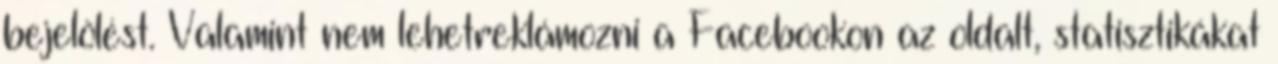
bejelölést. Valamint nem lehetreklámozni a Facebookon az oldalt, statisztikákat